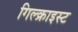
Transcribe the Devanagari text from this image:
गिल्क्राइस्ट